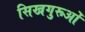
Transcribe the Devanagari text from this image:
सिखगुरूओं